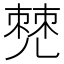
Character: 𠒧